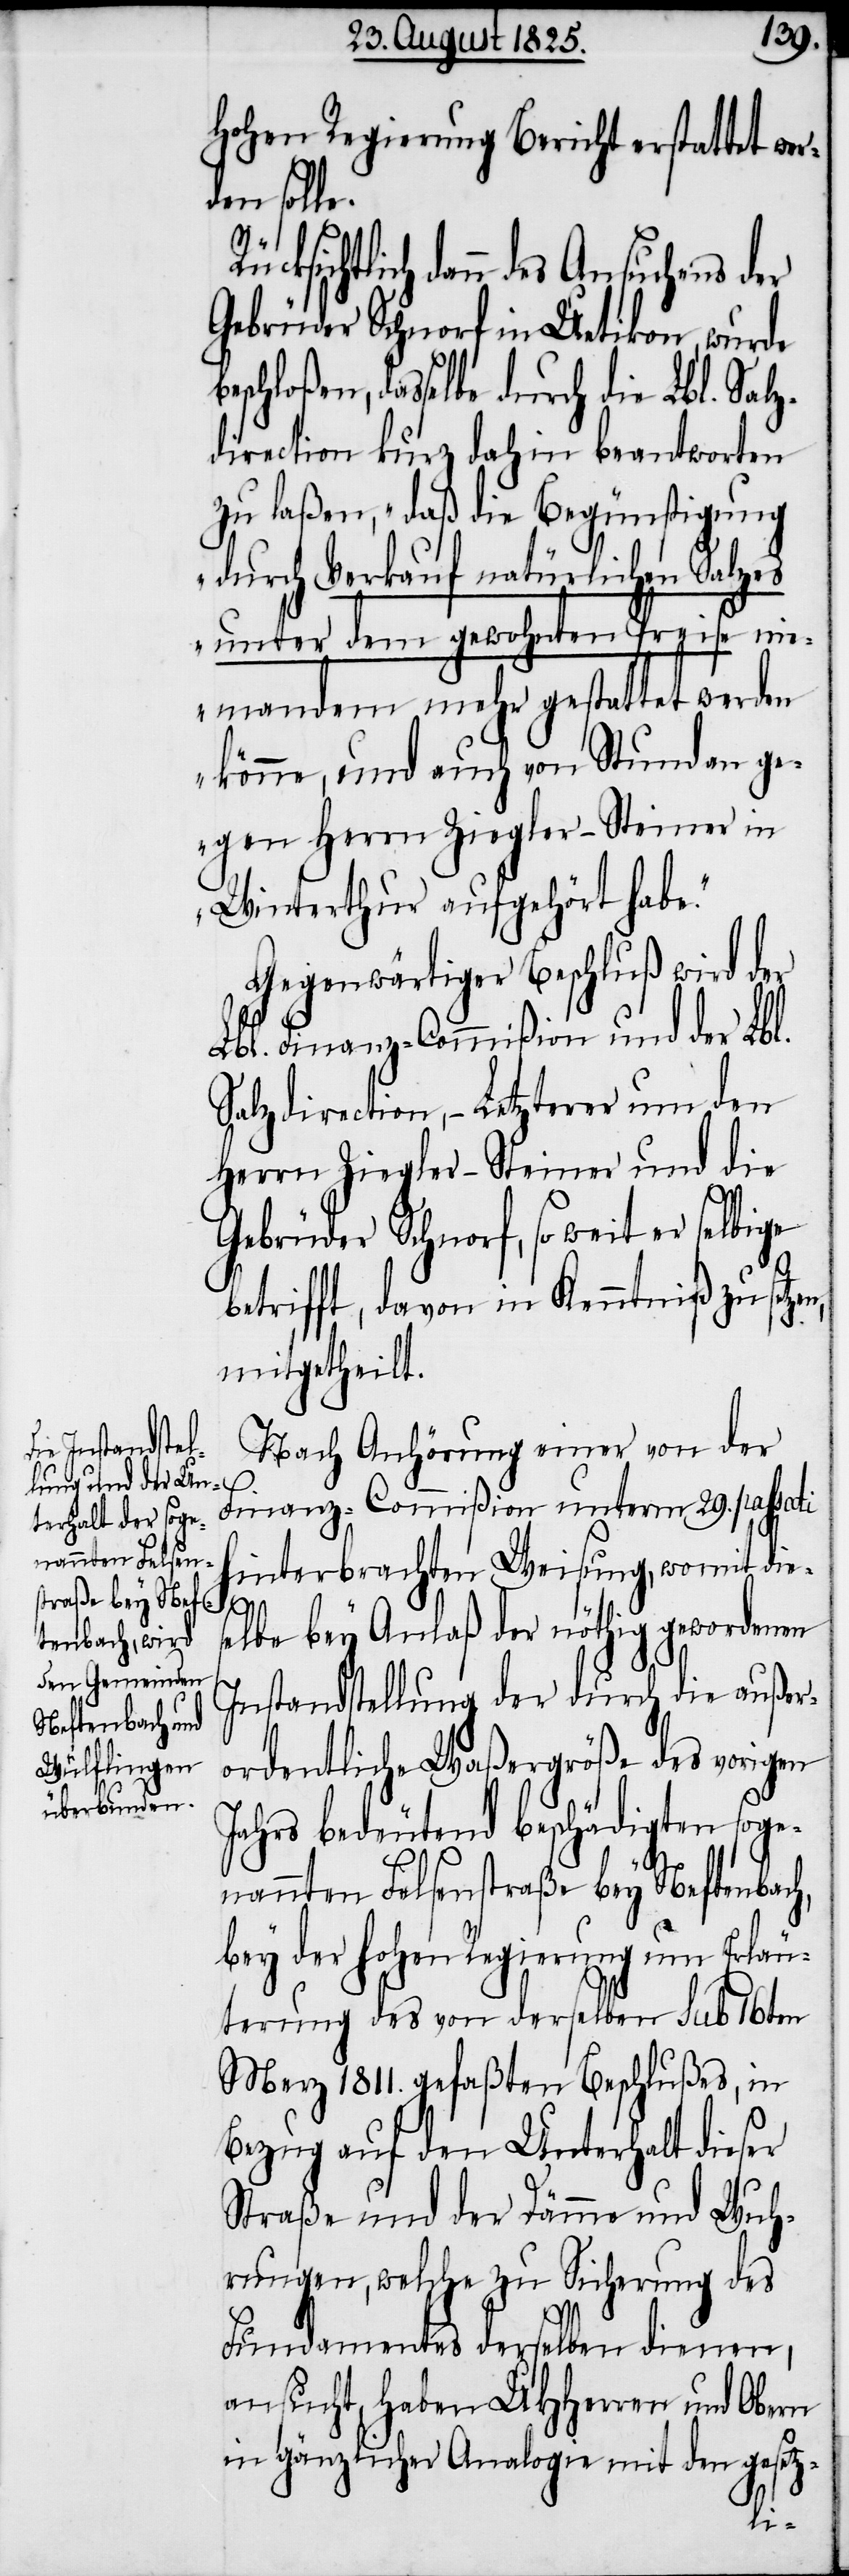
hohen Regierung Bericht erstattet wer¬
den solle.
ichtlich dann des Ansuchens der
Gebrüder Schnorf in Uetikon, wurde
selbe durch die Lbl. Salz¬
direction kurz dahin beantworten
zu laßen, „daß die Begünstigung
durch Verkauf natürlichen Salzes
unter dem gewohnten Preise nie¬
mandem mehr gestattet werden
könne, und auch von Stund an ge¬
gen Herrn Ziegler-Steiner in
Winterthur aufgehört habe“.
Gegenwärtiger Beschluß wird der
Lbl. Finanz-Commißion und der Lbl.
Salzdirection, – Letzterer um den
Herrn Ziegler-Steiner und die
Gebrüder Schnorf, so weit er selbige
betrifft, davon in Kenntniß zu setze¬
mitgetheilt.
Nach Anhörung einer von der
Finanz-Commißion unterm 29. passati
hinterbrachten Weisung, womit dies¬
Rücks¬
elbe bey Anlaß der nöthig gewordenen
Instandstellung der durch die außer¬
ordentliche Waßergröße des vorigen
Jahres bedeutend beschädigten soge¬
nannten Felsenstraße bey Neftenbach,
bey der hohen Regierung um Erläu¬
terung des von derselben sub 16ten
Merz 1811. gefaßten Beschlußes, in
Bezug auf den Unterhalt dieser
Straße und der Dämme und Wuh¬
rungen, welche zu Sicherung des
Fundamentes derselben dienen,
ansucht, haben UHHerren und Obern
in gänzlicher Analogie mit den gesetz-
das¬
n,